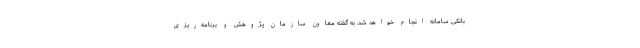
بانکی سامانه انجام خواهد شد. به گفته معاون سازمان پژوهش و برنامه‌ریزی